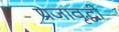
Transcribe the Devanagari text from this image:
प्रजावृद्धी